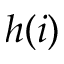
h ( i )